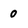
Character: 0